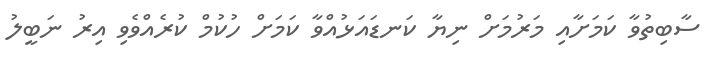
ސާބިތުވާ ކަމަށާއި މަރުމަށް ނިޔާ ކަނޑައަޅުއްވާ ކަމަށް ހުކުމް ކުރެއްވެވި އިރު ނަބީލު